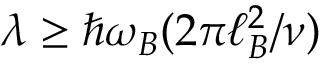
\lambda \geq \hbar \omega _ { B } ( 2 \pi \ell _ { B } ^ { 2 } / \nu )